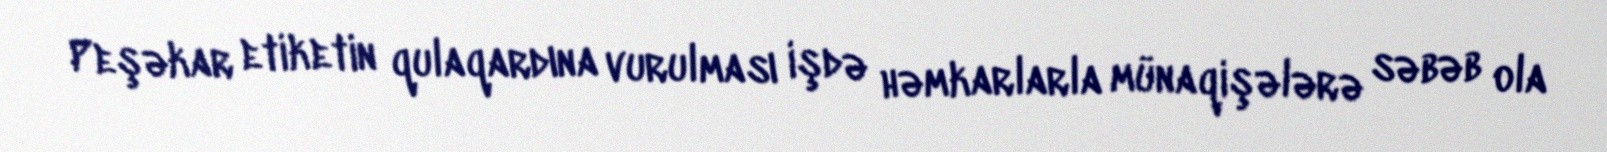
Peşəkar etiketin qulaqardına vurulması işdə həmkarlarla münaqişələrə səbəb ola